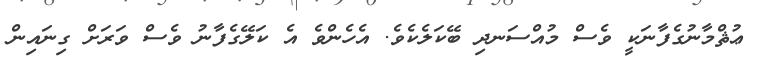
ޢުޘްމާނުގެފާނަކީ ވެސް މުއްސަނދި ބޭކަލެކެވެ. އެހެންވެ އެ ކަލޭގެފާނު ވެސް ވަރަށް ގިނައިން